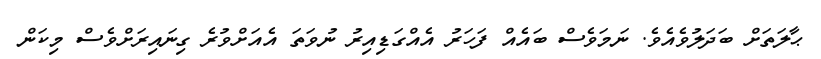
ޙާލަަތަށް ބަދަލުވެއެވެ. ނަމަވެސް ބައެއް ފަހަރު އެއްގަޑިއިރު ނުވަތަ އެއަށްވުރެ ގިނައިރަށްވެސް މިކަން